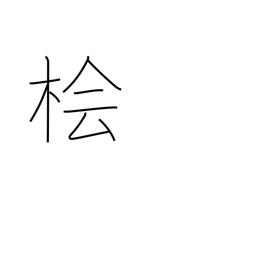
Meaning: Japanese cypress